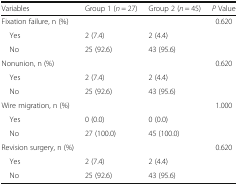
| Variables | Group 1 (n = 27) | Group 2 (n = 45) | P Value |
 | --- | --- | --- | --- |
 | Fixation failure, n (%) |  |  | 0.620 |
 | Yes | 2 (7.4) | 2 (4.4) |  |
 | No | 25 (92.6) | 43 (95.6) |  |
 | Nonunion, n (%) |  |  | 0.620 |
 | Yes | 2 (7.4) | 2 (4.4) |  |
 | No | 25 (92.6) | 43 (95.6) |  |
 | Wire migration, n (%) |  |  | 1.000 |
 | Yes | 0 (0.0) | 0 (0.0) |  |
 | No | 27 (100.0) | 45 (100.0) |  |
 | Revision surgery, n (%) |  |  | 0.620 |
 | Yes | 2 (7.4) | 2 (4.4) |  |
 | No | 25 (92.6) | 43 (95.6) |  |